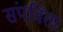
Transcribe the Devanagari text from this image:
संपविता